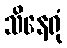
သိနေရုံ